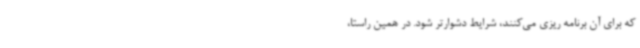
که برای آن برنامه ریزی می‌کنند، شرایط دشوارتر شود. در همین راستا،